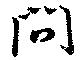
問